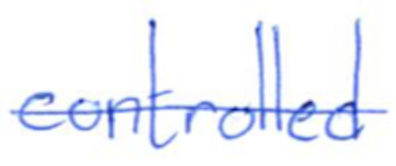
Text: controlled
Cross-out: single-line
Writing tool: ballpoint